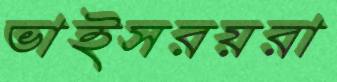
ভাইসরয়রা